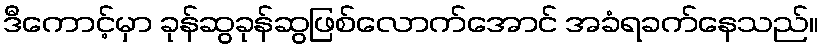
ဒီကောင့်မှာ ခုန်ဆွခုန်ဆွဖြစ်လောက်အောင် အခံရခက်နေသည်။